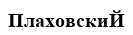
ПлаховскиЙ